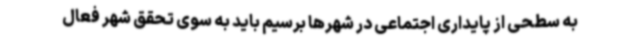
به سطحی از پایداری اجتماعی در شهرها برسیم باید به سوی تحقق شهر فعال